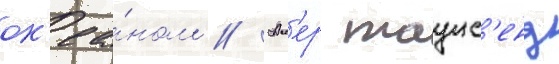
ок'еа́ном // Ал'ер таунс'енд